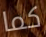
كما